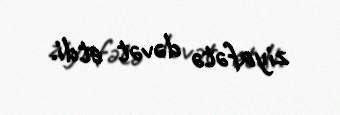
ziyafətə dəvət etdi.